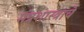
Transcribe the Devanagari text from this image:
मंत्रशास्त्राचे